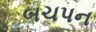
બચપન